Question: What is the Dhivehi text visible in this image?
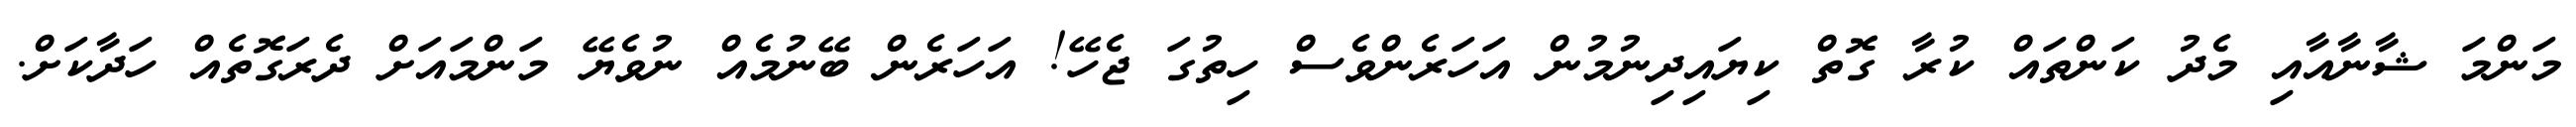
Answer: މަންމަ ޝާނާއާއި މެދު ކަންތައް ކުރާ ގޮތް ކިޔައިދިނުމުން އަހަރެންވެސް ހިތުގަ ޖެހޭ! އަހަރެން ބޭނުމެއް ނުވެޔޭ މަންމައަށް ދެރަގޮތެއް ހަދާކަށް.